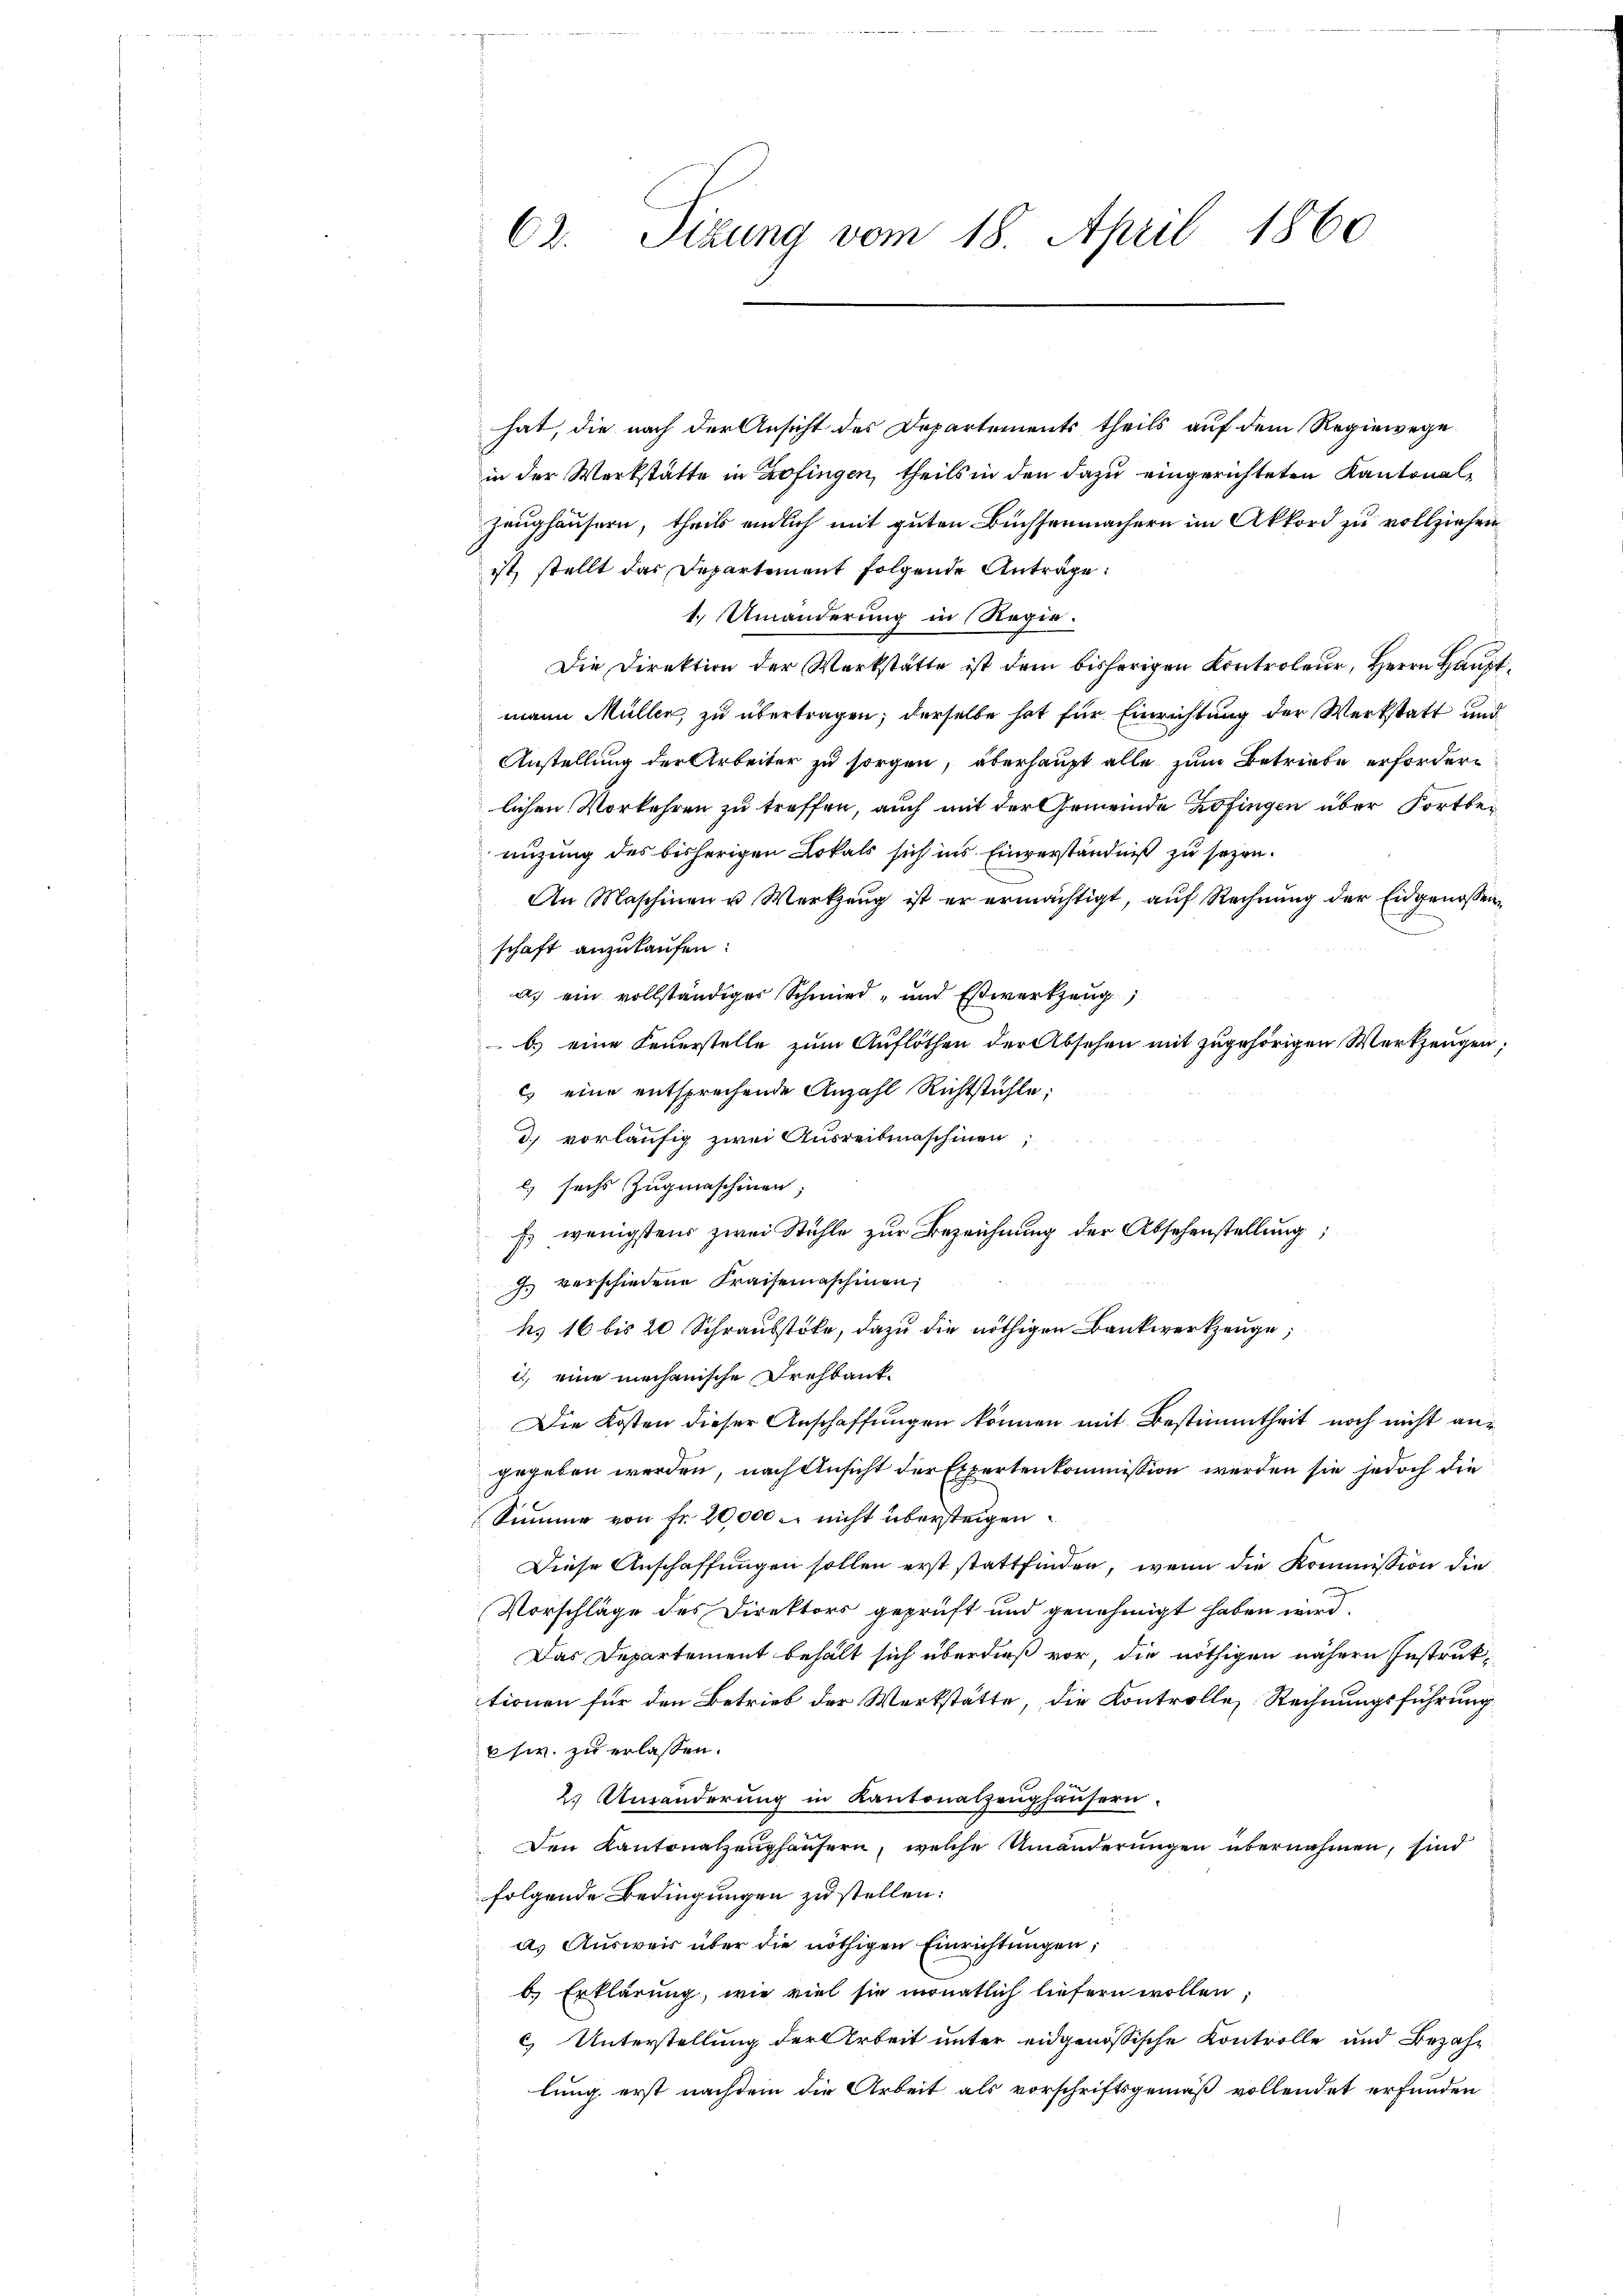
hat, die nach der Ansicht des Departements theils auf dem Regiewege
in der Werkstätte in Zofingen, theils in den dazu eingerichteten Kantonal¬
Zeughäusern, theils endlich mit guten Buchsenmachern im Akkord zu vollziehen
ist, stellt das Departement folgende Anträge:
1.) Umänderung in Regie
Die Direktion der Werkstätte ist dem bisherigen Kontroleur, Herrn Hauptmann Müller, zu übertragen; derselbe hat für Einrichtung der Werkstatt und
Anstellung der Arbeiter zu sorgen, überhaupt alle zum Betriebe erfordern
lichen Vorkehren zu treffen, auch mit der Gemeinde Zofingen über Fortbenüzung des bisherigen Lokals sich ins Einverständniß zu sezen.
An Maschinen u Werkzeug ist er ermächtigt, auf Rechnung der Eidgenossen
schaft anzukaufen:
a. ein vollständiges Schmied - und Eswerkzeug
b) eine Feuerstelle zum Auflöthen der Absehen mit zugehörigen Werkzeugen;
 eine entsprechende Anzahl Richtstühle;
d. vorläufig zwei Ausreibmaschinen,
 sechs Zugmaschinen;
Es wenigstens zwei Stühle zur Bezeichnung der Absehenstellung;
. verschiedene Kraisemaschinen,
tes 16 bis 20 Schrausstoke, dazu die nöthigen Bankwerkzeuge,
i, eine mechanische Drehbank¬
Die Kosten dieser Anschaffungen können mit Bestimmtheit noch nicht angegeben werden, nach Ansicht der Expertenkommission werden sie jedoch die
Summe von Fr. 20,000 u. nicht übersteigen.
Diese Anschaffungen sollen erst stattfinden, wenn die Kommission die
Vorschläge des Direktors geprüft und genehmigt haben wird.
Das Departement behält sich überdieß vor, die nöthigen nähern Instruktionen für den Betrieb der Werkstätte, die Kontrolles Rechnungsführung
ew. zu erlassen.
2. Umänderung in Kantonalzeughäusern.
Den Kantonalzenhäusern, welche Umänderungen übernahmen, sind
folgende Bedingungen zu stellen:
a) Ausweis über die nöthigen Einrichtungen,
b.) Erklärung, wie viel sie monatlich liefern wollen;
c) Unterstellung der Arbeit unter eidgenössische Kontrolle und Bezahlung erst nachdem die Arbeit als vorschriftsgemäß vollendet erfunden

62. Sizung vom 18. April 1860